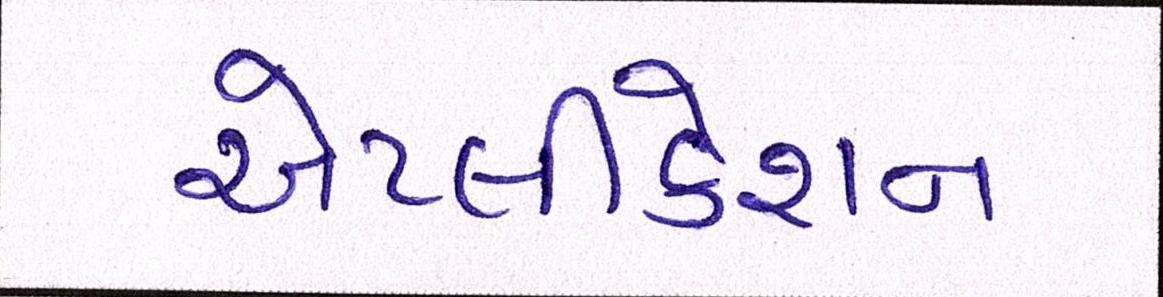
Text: એપ્લીકેશન